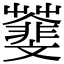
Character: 𩇿